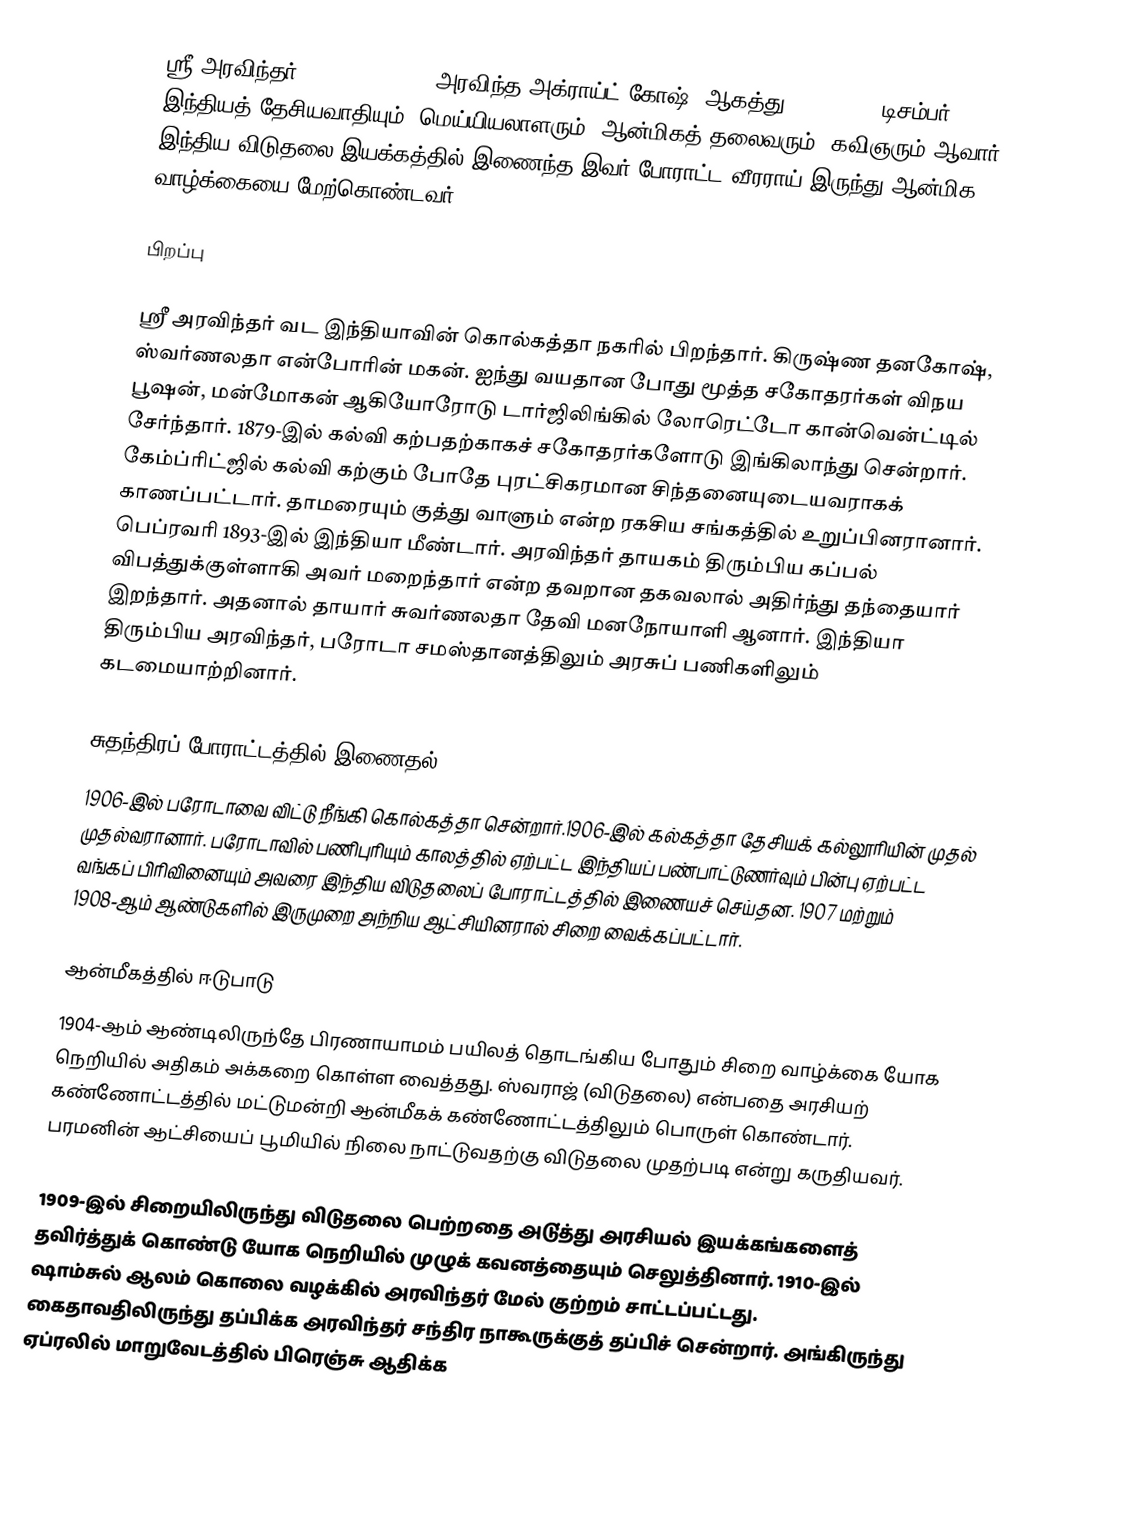
ஸ்ரீ அரவிந்தர் (Sri Aurobindo, அரவிந்த அக்ராய்ட் கோஷ், ஆகத்து 15, 1872 – டிசம்பர் 5, 1950) இந்தியத் தேசியவாதியும், மெய்யியலாளரும், ஆன்மிகத் தலைவரும், கவிஞரும் ஆவார். இந்திய விடுதலை இயக்கத்தில் இணைந்த இவர் போராட்ட வீரராய் இருந்து ஆன்மிக வாழ்க்கையை மேற்கொண்டவர்.

பிறப்பு

ஸ்ரீ அரவிந்தர் வட இந்தியாவின் கொல்கத்தா நகரில் பிறந்தார். கிருஷ்ண தனகோஷ், ஸ்வர்ணலதா என்போரின் மகன். ஐந்து வயதான போது மூத்த சகோதரர்கள் விநய பூஷன், மன்மோகன் ஆகியோரோடு டார்ஜிலிங்கில் லோரெட்டோ கான்வென்ட்டில் சேர்ந்தார். 1879-இல் கல்வி கற்பதற்காகச் சகோதரர்களோடு இங்கிலாந்து சென்றார். கேம்ப்ரிட்ஜில் கல்வி கற்கும் போதே புரட்சிகரமான சிந்தனையுடையவராகக் காணப்பட்டார். தாமரையும் குத்து வாளும் என்ற ரகசிய சங்கத்தில் உறுப்பினரானார். பெப்ரவரி 1893-இல் இந்தியா மீண்டார். அரவிந்தர் தாயகம் திரும்பிய கப்பல் விபத்துக்குள்ளாகி அவர் மறைந்தார் என்ற தவறான தகவலால் அதிர்ந்து தந்தையார் இறந்தார். அதனால் தாயார் சுவர்ணலதா தேவி மனநோயாளி ஆனார். இந்தியா திரும்பிய அரவிந்தர், பரோடா சமஸ்தானத்திலும் அரசுப் பணிகளிலும் கடமையாற்றினார்.

சுதந்திரப் போராட்டத்தில் இணைதல்
1906-இல் பரோடாவை விட்டு நீங்கி கொல்கத்தா சென்றார்.1906-இல் கல்கத்தா தேசியக் கல்லூரியின்  முதல் முதல்வரானார். பரோடாவில் பணிபுரியும் காலத்தில் ஏற்பட்ட இந்தியப் பண்பாட்டுணர்வும் பின்பு ஏற்பட்ட வங்கப் பிரிவினையும் அவரை இந்திய விடுதலைப் போராட்டத்தில் இணையச் செய்தன. 1907 மற்றும் 1908-ஆம் ஆண்டுகளில் இருமுறை அந்நிய ஆட்சியினரால் சிறை வைக்கப்பட்டார்.

ஆன்மீகத்தில் ஈடுபாடு
1904-ஆம் ஆண்டிலிருந்தே பிரணாயாமம் பயிலத் தொடங்கிய போதும் சிறை வாழ்க்கை யோக நெறியில் அதிகம் அக்கறை கொள்ள வைத்தது. ஸ்வராஜ் (விடுதலை) என்பதை அரசியற் கண்ணோட்டத்தில் மட்டுமன்றி ஆன்மீகக் கண்ணோட்டத்திலும் பொருள் கொண்டார். பரமனின் ஆட்சியைப் பூமியில் நிலை நாட்டுவதற்கு விடுதலை முதற்படி என்று கருதியவர்.

1909-இல் சிறையிலிருந்து விடுதலை பெற்றதை அடு்த்து அரசியல் இயக்கங்களைத் தவிர்த்துக் கொண்டு யோக நெறியில் முழுக் கவனத்தையும் செலுத்தினார். 1910-இல் ஷாம்சுல் ஆலம் கொலை வழக்கில் அரவிந்தர் மேல் குற்றம் சாட்டப்பட்டது. கைதாவதிலிருந்து தப்பிக்க அரவிந்தர் சந்திர நாகூருக்குத் தப்பிச் சென்றார். அங்கிருந்து ஏப்ரலில் மாறுவேடத்தில் பிரெஞ்சு ஆதிக்க